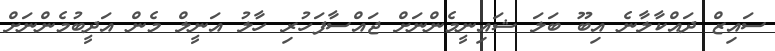
ސައިޒް ދައްކާލާނެ އިބޫ ބަލަ ޝައިނީމެންނަށް ޖައްސާފަހުރި ހާލު އަނީލް މެން އަދީބުމެންނަށް